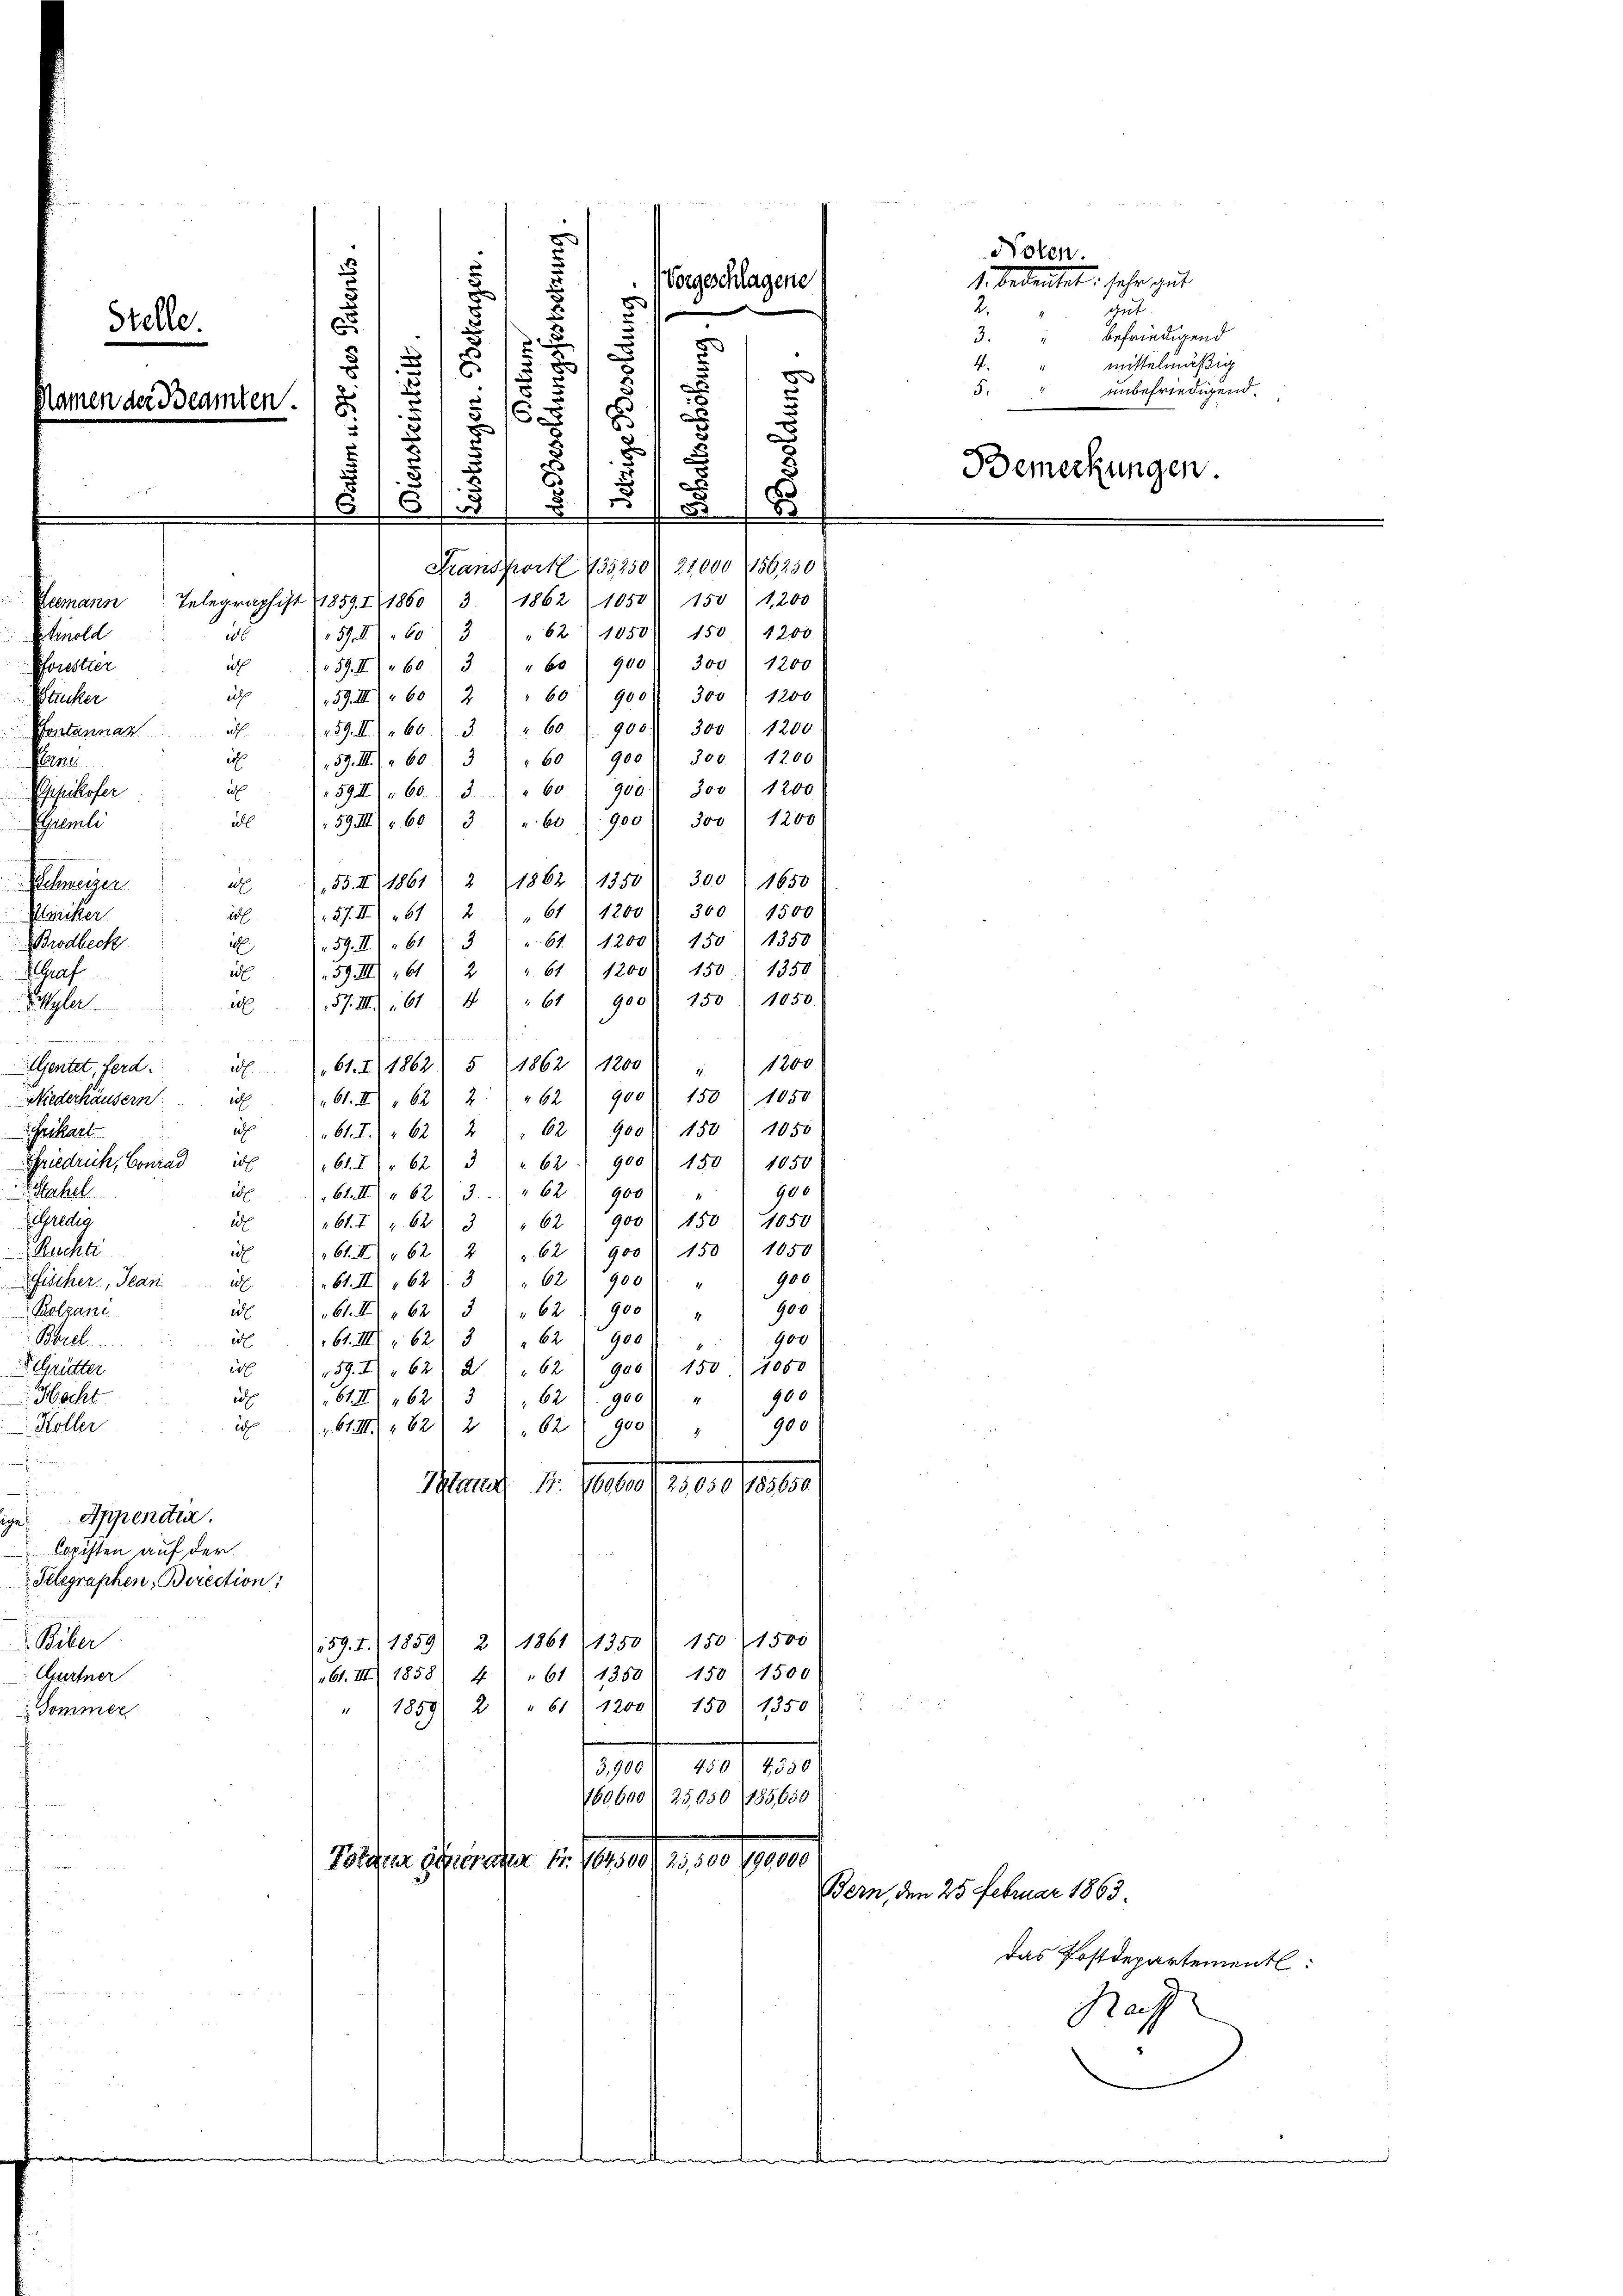
5
.
e

.
r
Fransport. 735250. 21000 156250
Telegraphist 1859. 11860. 31862 1050. 150 " 1200
"62 1050 150 " 1200
257. 603
59. II 603. " " 60) 900. 300 : 1200
59. III.) " 60 " 2 " " 60 " 900f 300 " 1200
439. II.) " 60. 13 " " 60 l. 900. 300 f 1200.
59. III 60) 3 " " 60 900 " 300. 1200
ich
Cane.
259 II) 60) S. 60 " 900. 300) 1200
59III) S. 60) 3 " " 60 (900 " 300 " 1200
all
4 x 2
55. II 1861 & 1862 : 1350. 300 1650
at
27. II 461 " 2 " 61 (1200. 300 " 1500
18
59. III 613 " " 61 (1200. 150 " 1350
d
A 159. III 461 ) 2) " 61 (1200) 150 " 1350
57. III 614 " " 61 900 f 150) 1050.
a
Ritus 2. 2
261. 1862) 5 1862, 1200) " " 1200
Genitet, ferd.
61. II 62. 2. " " 62 " 900 150 " 1050
Niederhäusern is
a
61. T.) " 621 2 " " 62 900 f 150 " 1050
Seckart
Friedrich, Conrad i
61. 762 3 " " 62. 900 f 150 1050
Stahel
900
25. 61. III 62. 3. " " 62 " 900 "
 Credig
d
61. 71. 62. 362 900 150 1050
ich
Ruche
61. III 62. 2) " 62 (900. 150 1050
900
61. III 62 f. 3 " 62. 900
kfischer, Jean
d
1
e
Bolzane
61. II 62. 362 " 900 " 900
900
Borel
ül 161. III 62) 3 " 62 900
e
59. 262. 262 (900) 150 (1080
Grütter
Hecht
61) 162) 31, 62. 900 " " 900
i
900
20f
Höller
1. 61. III 62. 282 (900)

Patana, 1. 460600/25,050 185650
.Appendra
Copisten auf der
Telegraphen, Birection:
Biber
159. I. 1859 2/ 1861 (1350 1501500
„61. III 1858) 4) " 61 1353) 150) 1500
Aurtner
" 1859) 2) " 61. 1200) 150. 1350
Sommer
3,900. 450. 4350
160600/25050 (185650
Potarer Gener an Fr. 164500/25,500/190,000

Gepikofer
Sperli
Schweizer
Klacker
BBrodbeck
 Graf
Styler

¬
5
d
u
u
25
8
Stelle.
t
5
1
x
.
u
Namen der Beamten.
6
.
u
5
s

Leemann
Strnold
i
ath
Forestier
as
szucker
als.
Fontannan

mdten

Norgeschlagene
2

das Postdepartementl:
Rach

de

Bern, den 25 Februar 1863.

Nolen.
1. bedeutet sehr gut
2.
sheit
3.
befriedigend
mittelmäßig
4.
5.
unbefriedigend.
Bemerkungen.